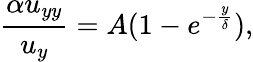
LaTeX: \frac{\alpha u_{yy}}{u_{y}}=A(1-e^{-\frac{y}{\delta}}),